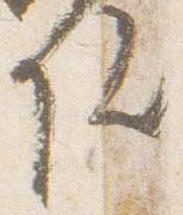
院